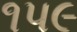
૧પ૯